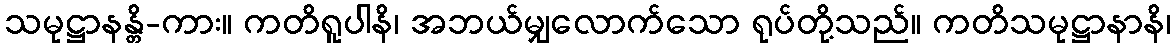
သမုဋ္ဌာနန္တိ-ကား။ ကတိရူပါနိ၊ အဘယ်မျှလောက်သော ရုပ်တို့သည်။ ကတိသမုဋ္ဌာနာနိ၊